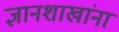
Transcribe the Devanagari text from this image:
ज्ञानशाखांना